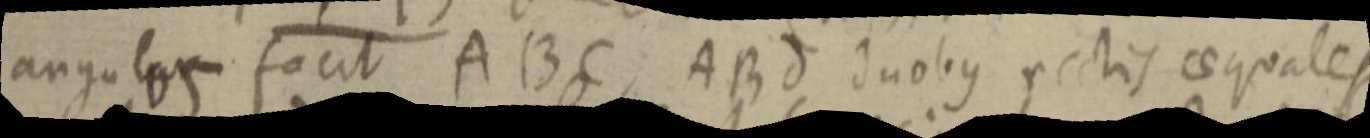
angulos focit ABC, ABd duobus rectis aequales